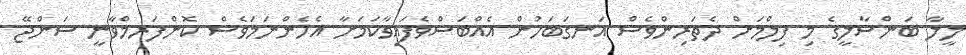
ލީލާ ބަންސާލީގެ މި ފިލްމަށް ދެތަރިންވެސް އަނގަބަހުން އެއްބަސްވެފައިވާކަމަށާ އެހެންނަމަވެސް ކޮންފަރމްވާނީ ސަންޖޭ